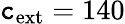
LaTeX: \mathtt{c}_{\mathrm{{ext}}}=140